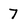
Character: 7